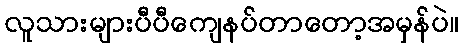
လူသားများပီပီကျေနပ်တာတော့အမှန်ပဲ။